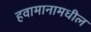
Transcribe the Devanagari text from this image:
हवामानामधील